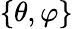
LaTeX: \{ \theta,\varphi\}